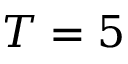
T = 5